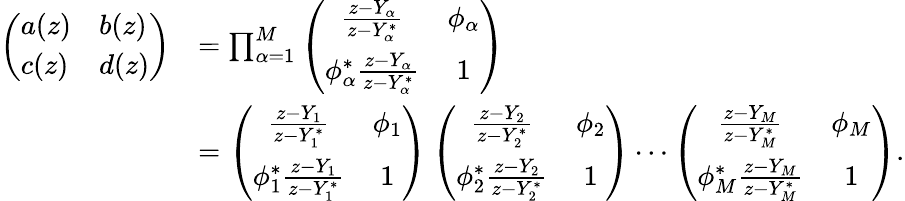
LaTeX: \begin{array}{rl}{\left(\begin{array}{ll}{a(z)}&{b(z)}\\ {c(z)}&{d(z)}\end{array}\right)}&{=\prod_{\alpha=1}^{M}\left(\begin{array}{cc}{\frac{z-Y_{\alpha}}{z-Y_{\alpha}^{*}}}&{\phi_{\alpha}}\\ {\phi_{\alpha}^{*}\frac{z-Y_{\alpha}}{z-Y_{\alpha}^{*}}}&{1}\end{array}\right)}\\ &{=\left(\begin{array}{cc}{\frac{z-Y_{1}}{z-Y_{1}^{*}}}&{\phi_{1}}\\ {\phi_{1}^{*}\frac{z-Y_{1}}{z-Y_{1}^{*}}}&{1}\end{array}\right)\left(\begin{array}{cc}{\frac{z-Y_{2}}{z-Y_{2}^{*}}}&{\phi_{2}}\\ {\phi_{2}^{*}\frac{z-Y_{2}}{z-Y_{2}^{*}}}&{1}\end{array}\right)\cdots\left(\begin{array}{cc}{\frac{z-Y_{M}}{z-Y_{M}^{*}}}&{\phi_{M}}\\ {\phi_{M}^{*}\frac{z-Y_{M}}{z-Y_{M}^{*}}}&{1}\end{array}\right).}\end{array}